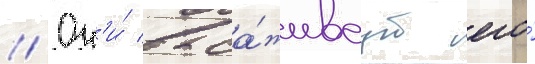
// Он'и́ выса́живаут его́